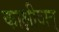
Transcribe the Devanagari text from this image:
काक्षीवान्